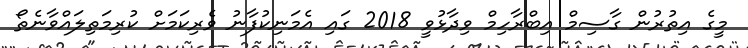
މީގެ އިތުރުން ގާސިމް އިބްރާހިމް ވިދާޅުވީ 2018 ގައި އެމަނިކުފާނު ވެރިކަމަށް ކުރިމަތިލައްވާނެތޯ